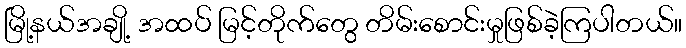
မြို့နယ်အချို့ အထပ် မြင့်တိုက်တွေ တိမ်းစောင်းမှုဖြစ်ခဲ့ကြပါတယ်။